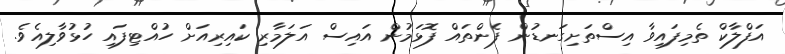
އަފްލާކް ތެމިފައިވާ އިސްތަށިގަނޑުން ފެންތައް ފޮޅަމުން އައިސް އަލަމާރި ކައިރިއަށް ހުއްޓިފައި ހުޅުވާލިއެވެ.